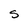
Character: s